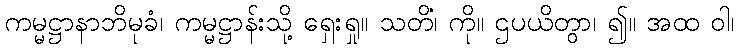
ကမ္မဋ္ဌာနာဘိမုခံ၊ ကမ္မဋ္ဌာန်းသို့ ရှေးရှု။ သတိံ၊ ကို။ ဌပယိတွာ၊ ၍။ အထ ဝါ၊